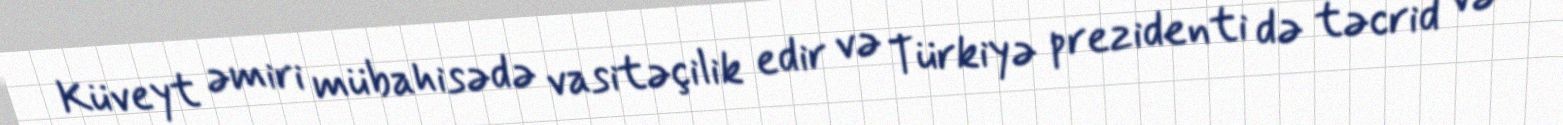
Küveyt əmiri mübahisədə vasitəçilik edir və Türkiyə prezidenti də təcrid və